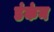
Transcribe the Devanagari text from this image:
डंकंन